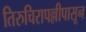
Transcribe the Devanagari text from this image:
तिरुचिरापल्लीपासून